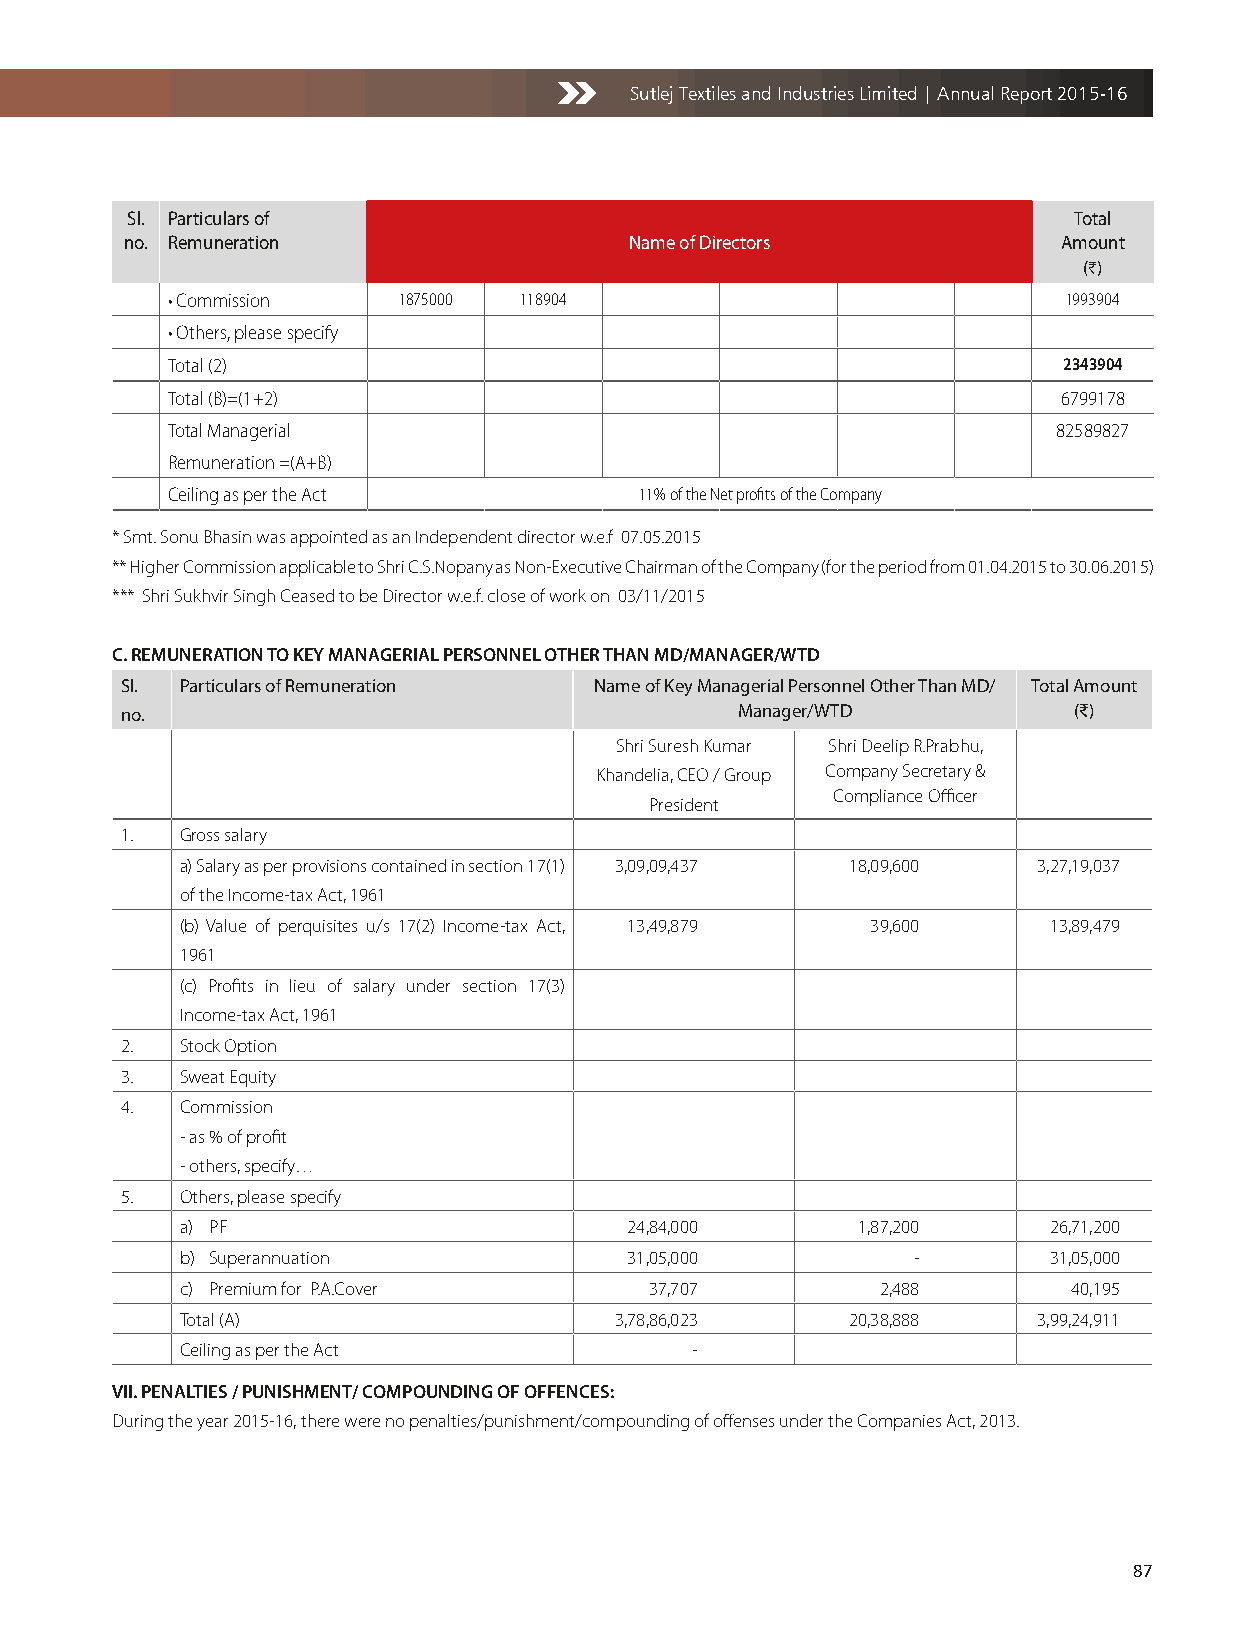
Sutlej Textiles and Industries Limited | Annual Report 2015-16
 Sl. Particulars of                                             Total
 no. Remuneration                  Name of Directors           Amount
 (H)
 • Commission   1875000 118904                               1993904
 • Others, please specify
 Total (2)                                                  2343904
 Total (B)=(1+2)                                            6799178
 Total Managerial                                           82589827
 Remuneration =(A+B)
 Ceiling as per the Act         11% of the Net profits of the Company
 * Smt. Sonu Bhasin was appointed as an Independent director w.e.f 07.05.2015
 ** Higher Commission applicable to Shri C.S.Nopany as Non-Executive Chairman of the Company (for the period from 01.04.2015 to 30.06.2015)
 *** Shri Sukhvir Singh Ceased to be Director w.e.f. close of work on 03/11/2015
 C. REMUNERATION TO KEY MANAGERIAL PERSONNEL OTHER THAN MD/MANAGER/WTD
 Sl. Particulars of Remuneration Name of Key Managerial Personnel Other Than MD/ Total Amount
 no.                                      Manager/WTD           (D)
 Shri Suresh Kumar Shri Deelip R.Prabhu,
 Khandelia, CEO / Group Company Secretary &
 Compliance Officer
 President
 1.  Gross salary
 a) Salary as per provisions contained in section 17(1) 3,09,09,437 18,09,600 3,27,19,037
 of the Income-tax Act, 1961
 (b) Value of perquisites u/s 17(2) Income-tax Act, 13,49,879 39,600 13,89,479
 1961
 (c) Profits in lieu of salary under section 17(3)
 Income-tax Act, 1961
 2.  Stock Option
 3.  Sweat Equity
 4.  Commission
 - as % of profit
 - others, specify…
 5.  Others, please specify
 a) PF                         24,84,000      1,87,200    26,71,200
 b) Superannuation             31,05,000         -        31,05,000
 c) Premium for P.A.Cover       37,707         2,488        40,195
 Total (A)                    3,78,86,023    20,38,888    3,99,24,911
 Ceiling as per the Act            -
 VII. PENALTIES / PUNISHMENT/ COMPOUNDING OF OFFENCES:
 During the year 2015-16, there were no penalties/punishment/compounding of offenses under the Companies Act, 2013.
 87